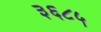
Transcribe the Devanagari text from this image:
३६८५